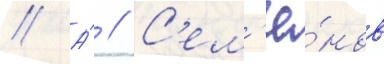
// А́ // С'ем'ё́нов